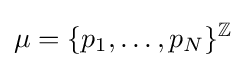
\mu =\{p_{1},\ldots ,p_{N}\}^{\mathbb {Z} }